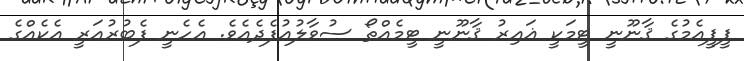
ޕީޕީއެމުގެ ޤާނޫނީ ޓީމަކީ ޣައިރު ޤާނޫނީ ޓީމެއްތޯ ސުވާލުއުފެދެއެވެ. އެހެނީ ފެބުރުއަރީ އެކެއްގެ